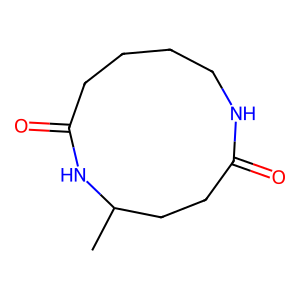
SMILES: CC1CCC(=O)NCCCCC(=O)N1
Inhibits HIV replication: No